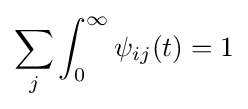
\sum _{j}\int _{0}^{\infty }\psi _{ij}(t)=1